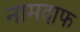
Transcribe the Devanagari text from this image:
नामदाफ